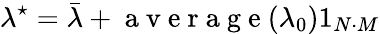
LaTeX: \lambda^{\star}=\bar{\lambda}+\mathrm{~a~v~e~r~a~g~e~}(\lambda_{0})1_{N\cdot M}